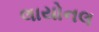
લાયોનલ